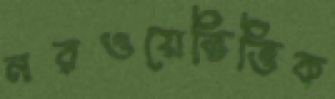
নরওয়েভিত্তিক